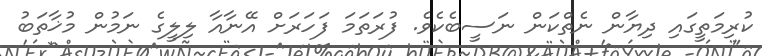
ކުރިމަތީގައި ދިޔާން ނެތްކަން ނަސީބެކެވެ. ފުރަތަމަ ފަހަރަށް އޭނާއާ ލިލީގެ ނަމުން މުޚާތަބު